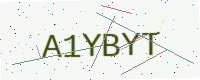
Text: A1YBYT